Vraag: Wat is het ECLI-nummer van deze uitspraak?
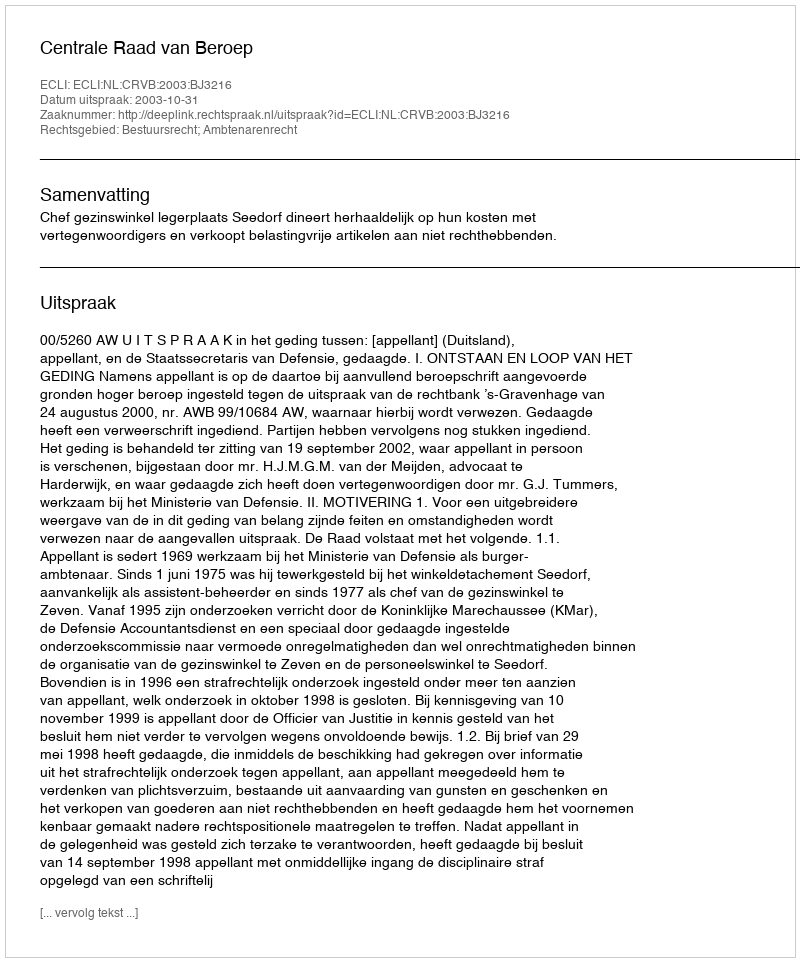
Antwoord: ECLI:NL:CRVB:2003:BJ3216